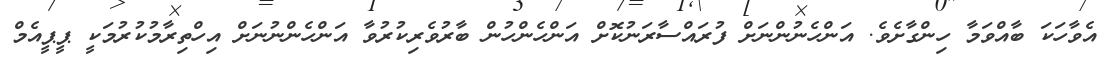
އެވާހަކަ ބާއްވަމާ ހިންގާށެވެ. އަންހެނުންނަށް ފުރައްސާރަނުކޮށް އަންހެންހުން ބާރުވެރިކުރުވާ އަންހެންނުނަށް އިހްތިރާމުކުރުމަކީ ޕީޕީއެމް